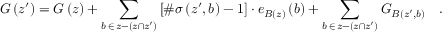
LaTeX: G \left( z ^ { \prime } \right) = G \left( z \right) + \sum _ { b \, \in \, z - \left( z \cap z ^ { \prime } \right) } \left[ \# \sigma \left( z ^ { \prime } , b \right) - 1 \right] \cdot e _ { { \cal B } \left( z \right) } \left( b \right) + \sum _ { b \, \in \, z - \left( z \cap z ^ { \prime } \right) } G _ { { \cal B } \left( z ^ { \prime } , b \right) } \quad .